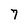
Character: 7